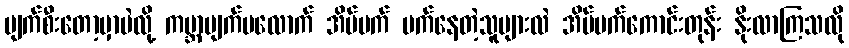
ပျက်စီးတော့မှာပဲလို့ ကမ္ဘာပျက်မလောက် အိပ်မက် မက်နေတဲ့သူများလဲ အိပ်မက်ကောင်းတုန်း နိုးလာကြသလို